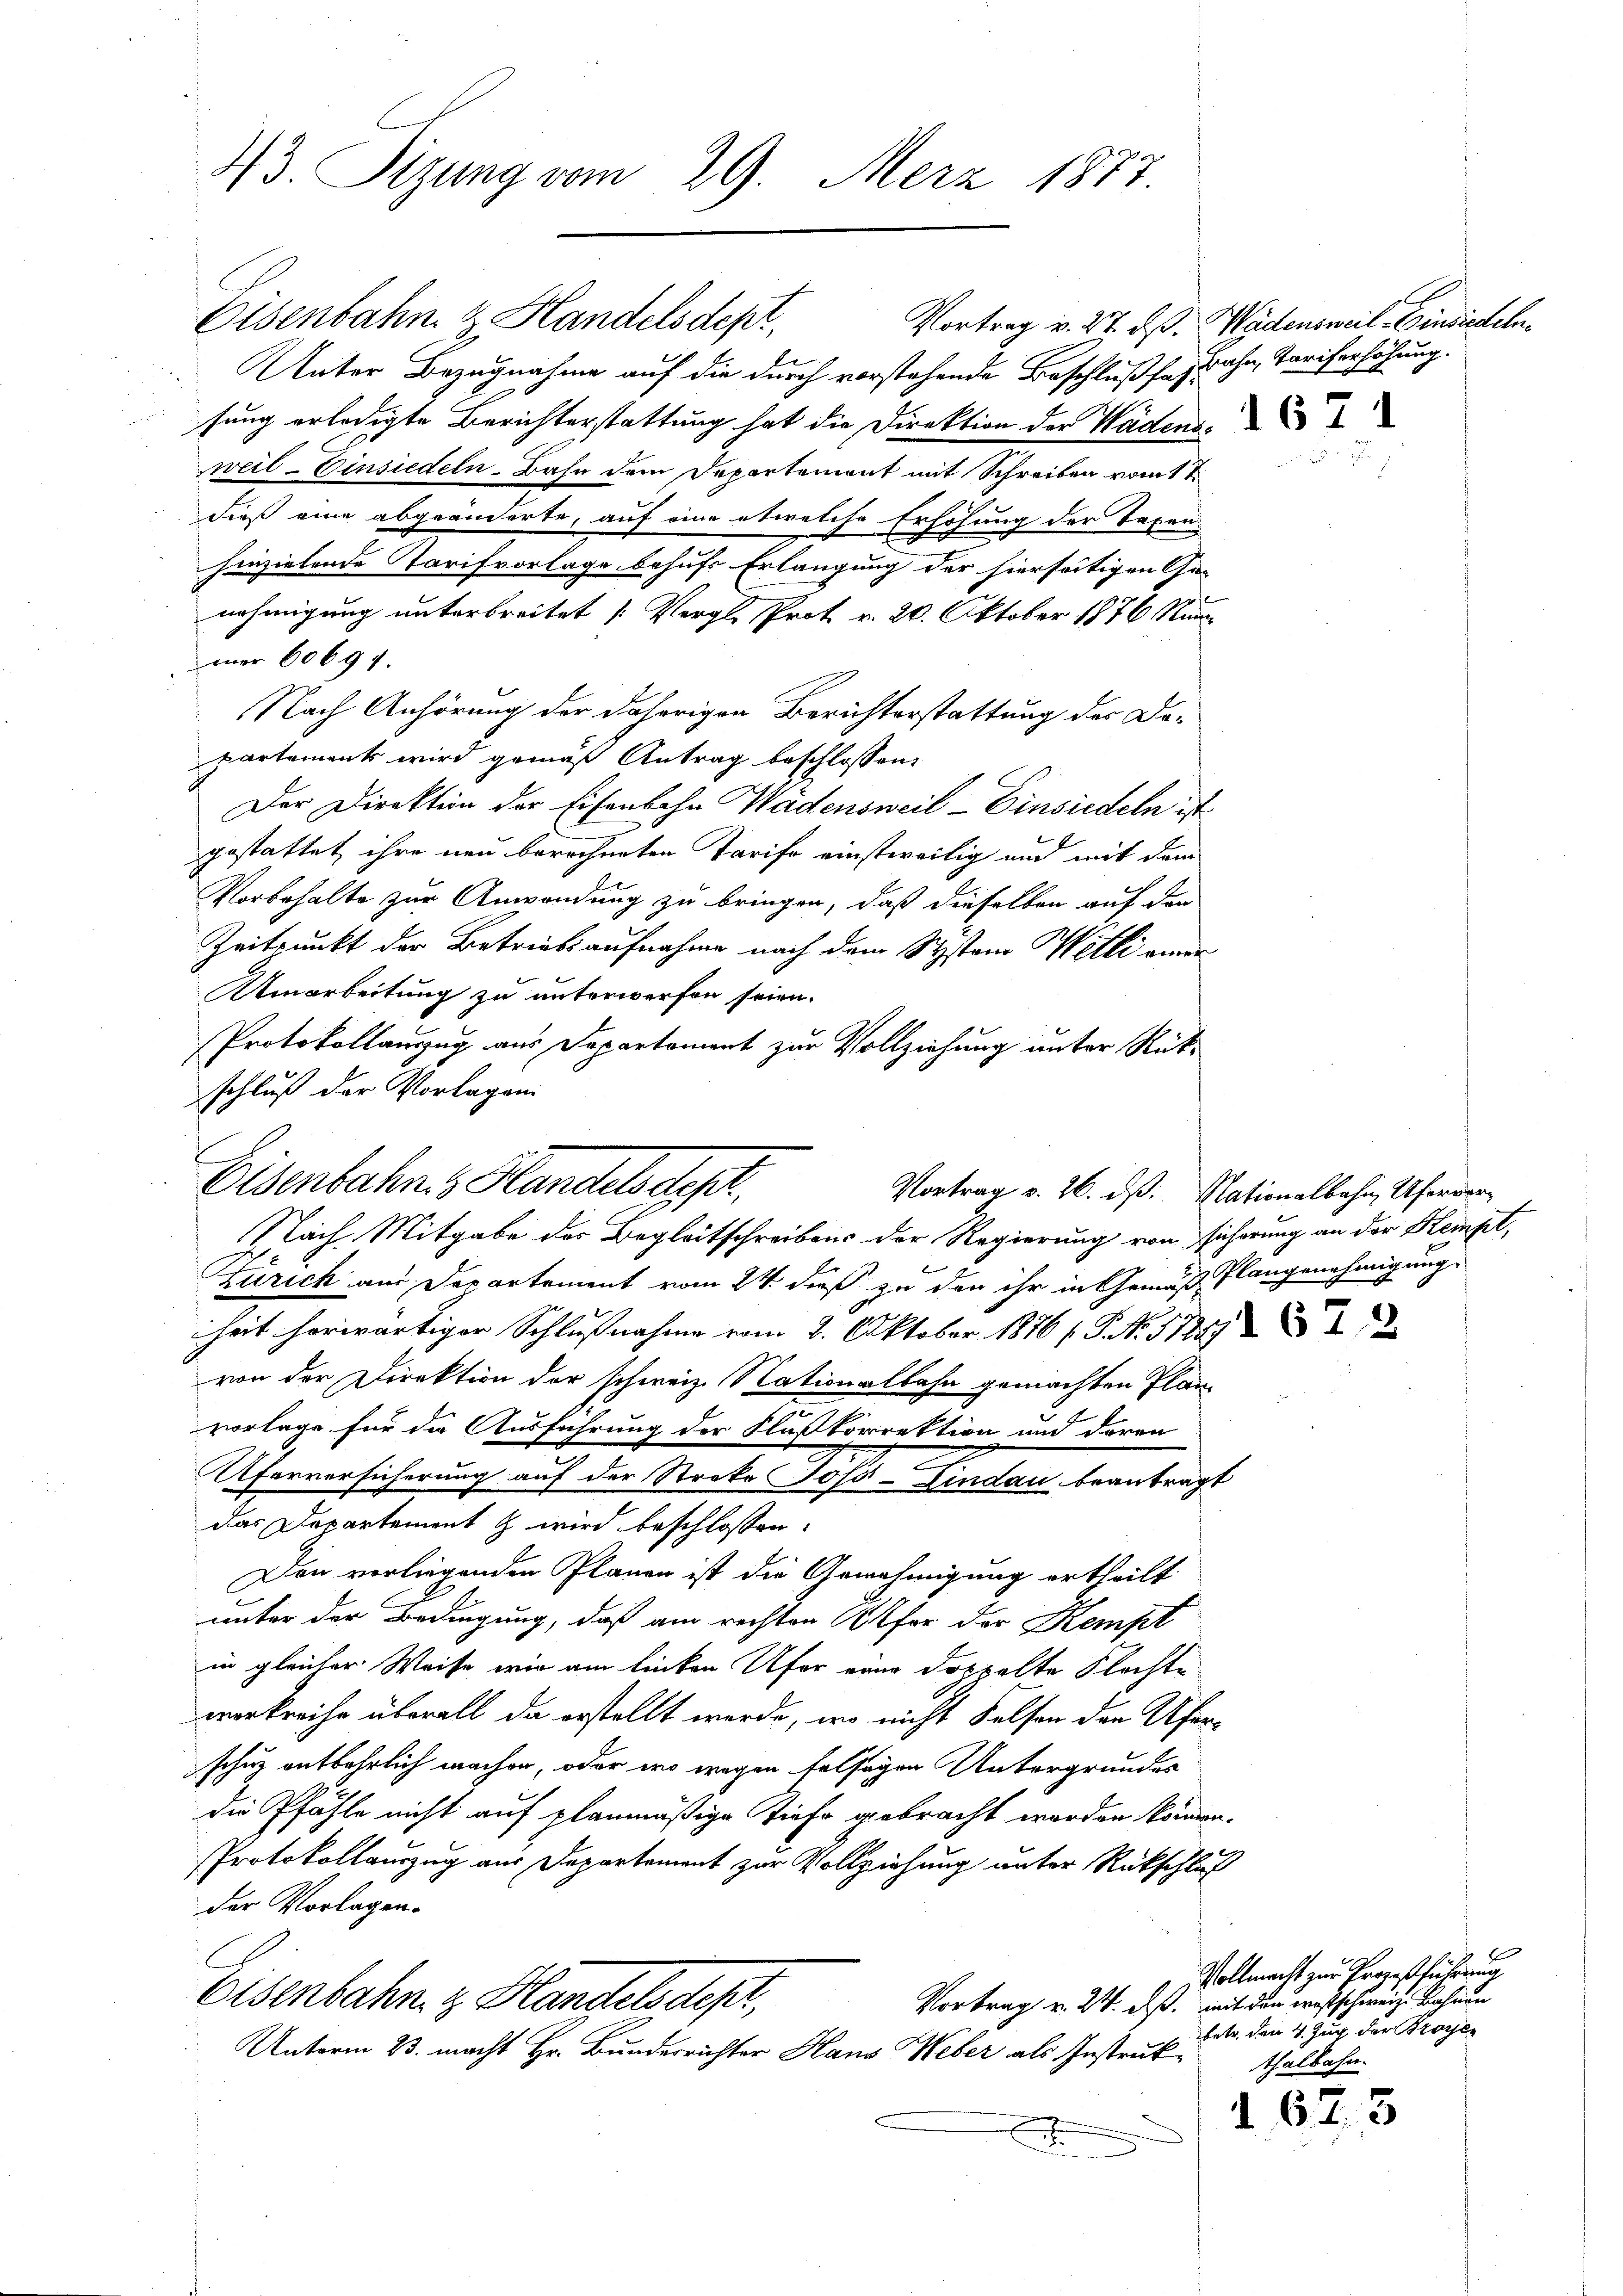
43. Sizung vom 29. Merz 1877.

Eisenbahn & Handelsdep
Unter Bezugnahme auf die durch vorstehende Beschluß sagbahn, Tariferhöhung.
fung erledigte Berichterstattung hat die Direktion der Wädens,
weil Einsiedeln - Bahn dem Departement mit Schreiben vom 1 t
dieß eine abgeänderte, auf eine etwelche Erhöhung der Taxen
henzielende Tarifvorlage behufs Erlangung der hierseitigen Ge-
nehmigung unterbreitet (Vergl. Prot v. 20. Oktober 1876 Nummer 60694.
Nach Anhörung der daherigen Berichterstattung des Departements wird gemäß Antrag beschlossen:
Der Direktion der Eisenbahn Wädensweil - Einsiedeln ist
gestattet, ihre neu berechneten Tarife einstweilig und mit dem
Vorbehalte zur Anwendung zu bringen, daß dieselben auf den
Zeitpunkt der Betriebsaufnahme nach dem Systand Wetti einer
Umarbeitung zu unterwerfen seien.
Protokollauszug aus Departement zur Vollziehung unter Rückschluß der Vorlagen
Zürich am Departement vom 24. dieß zu den ihr in Gemäß, Plangenehmigung
heit herwärtiger Schlußnahme vom 8. Oktober 1876 /G. No. 572
von der Direktion der schweiz. Nationalbahn gemachten Plan-
vorlage für die Ausführung der Flußkorrektion und deren
Uferversicherung auf der Streko Toss-Lindau beantragt
das Departement & wird beschlossen:
Den vorliegenden Plänen ist die Genehmigung ertheilt
unter der Bedingung, daß am rechten Offer der Kempt
in gleicher Weise wir am linken Ufer von doppelte Flechtverkreiche überall da erstellt werde, wo nicht Felsen den Uferschuz entbehrlich machen, oder wo wegen falsigen Untergrundes
die Pfähle nicht auf planmäßige Tiefe gebracht worden können.
Protokollauszug aus Departement zur Vollziehung unter Rückschluß
der Vorlagen.
Eisenbahn z. Handelsdepr
Vortrag v. 24. ds. mit den westschweiz. Rahnen
Unterm 23. macht Hr. Bunderrichter Hans Weber als Instruk¬
.

Eisenbahn s Handels des
Nach Mitgabe des Begleitschreibens der Regierung von sicherung an der Stempt,

Vortrag v. 26. dß. Nationalbahn, Uferver¬

Vortrag v. 27. dß. Wädensweil–Einsiedeln,

Vollmacht zur Prozeßführung
betr. den 4. Zug der Proze
thalbahn.

1673